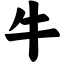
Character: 牛